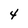
Character: 4